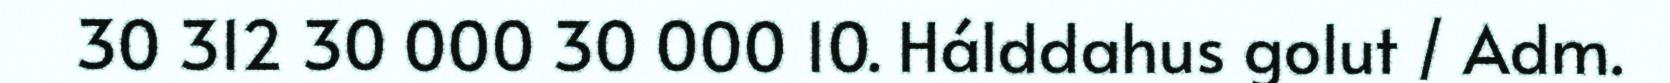
30 312 30 000 30 000 10. Hálddahus golut / Adm.